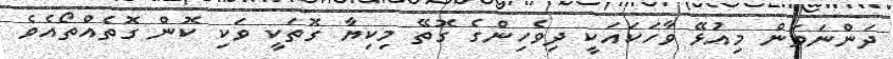
ދަންނަވަން މިއުޅޭ ވާހަކައަކީ ދިވެހިންގެ ގޮތޭ މިކިޔާ ގޮތަކީ ވަކި ކޮން ގޮތެއްތޯއެވެ